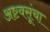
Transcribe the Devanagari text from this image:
अष्टवसूंचा